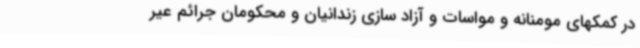
در کمکهای مومنانه و مواسات و آزاد سازی زندانیان و محکومان جرائم عیر